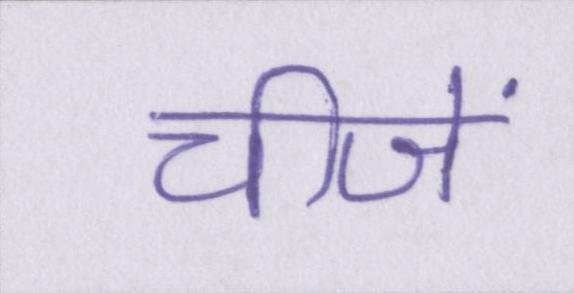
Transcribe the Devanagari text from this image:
चीजें